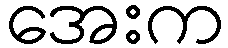
အေးက